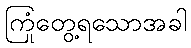
ကြုံတွေ့ရသောအခါ